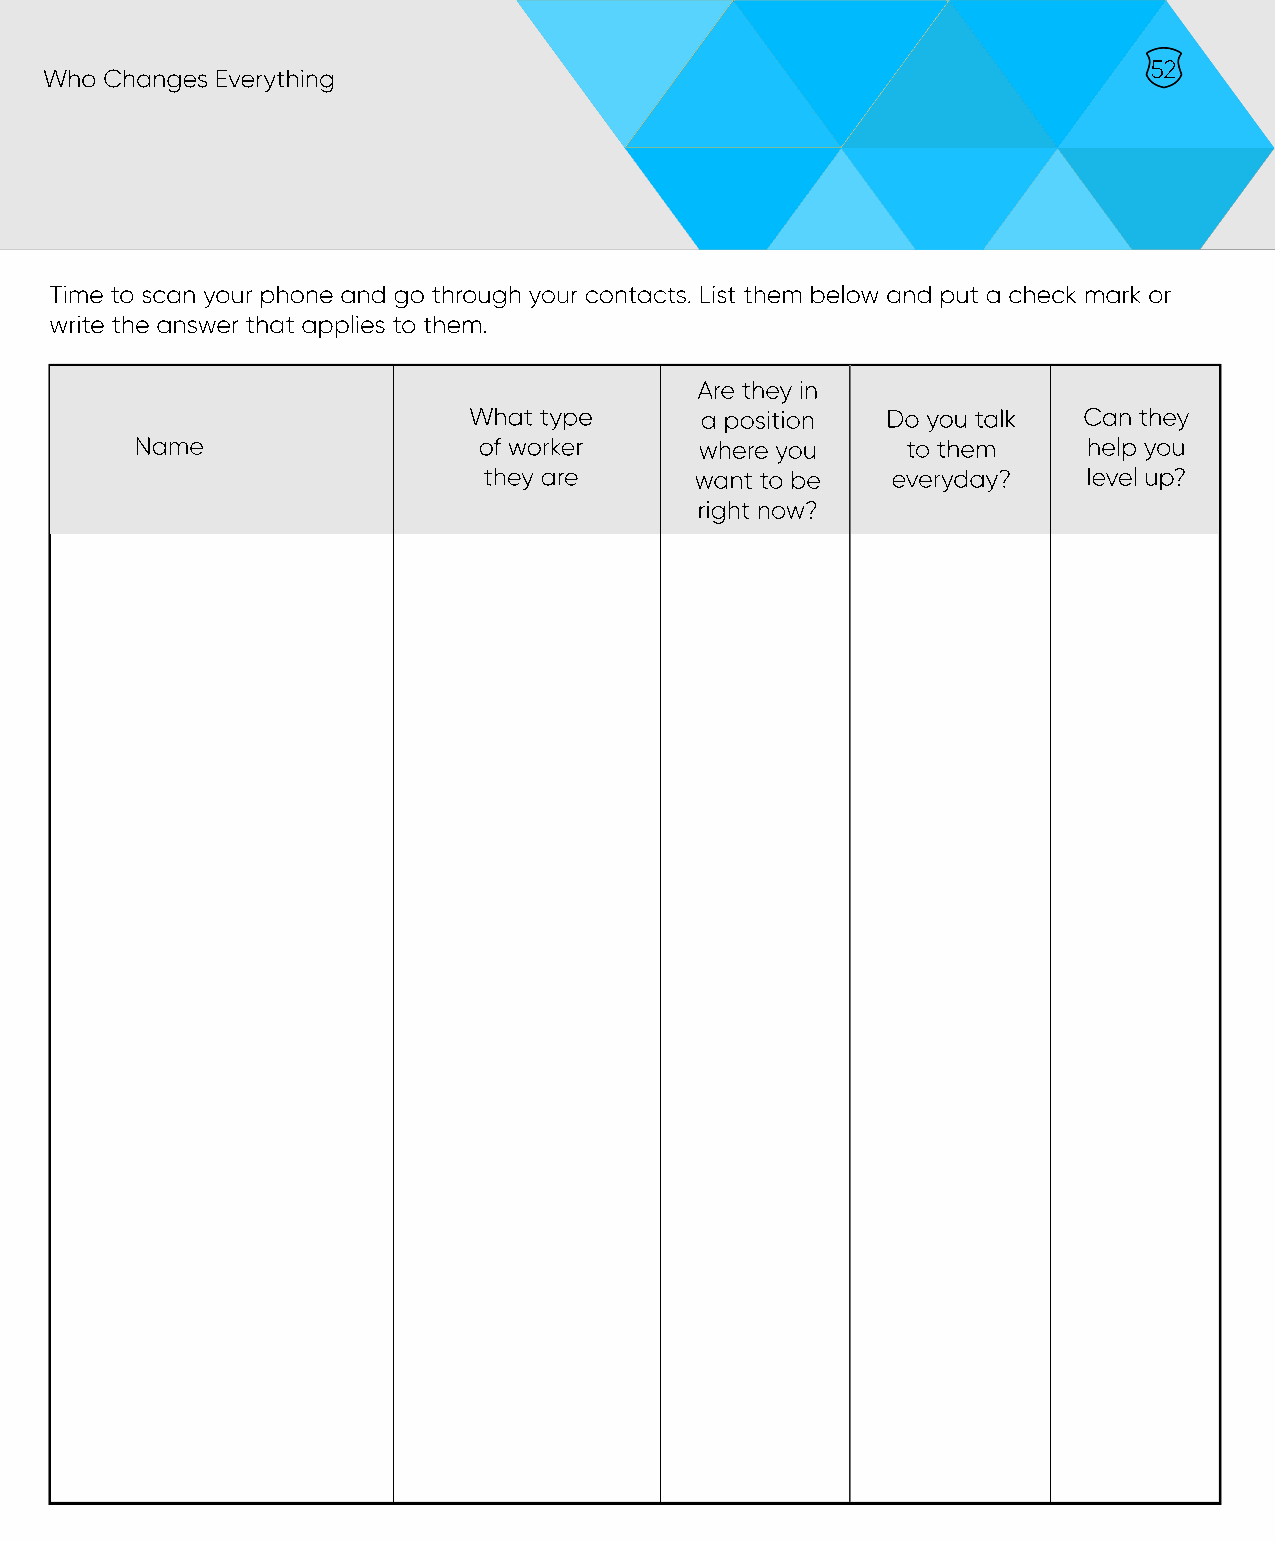
52
 Who Changes Everything
 Time to scan your phone and go through your contacts. List them below and put a check mark or
 write the answer that applies to them.
 Are they in
 What type      a position   Do you talk  Can they
 Name                   of worker     where you     to them     help you
 they are      want to be   everyday?    level up?
 right now?